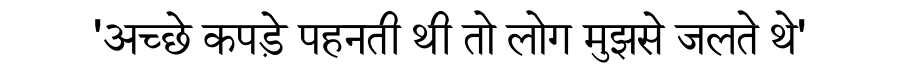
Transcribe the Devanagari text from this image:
'अच्छे कपड़े पहनती थी तो लोग मुझसे जलते थे'